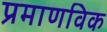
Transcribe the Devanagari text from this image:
प्रमाणविक